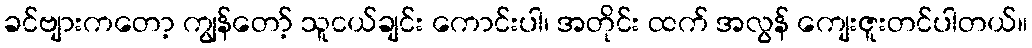
ခင်ဗျားကတော့ ကျွန်တော့် သူငယ်ချင်း ကောင်းပါ၊ အတိုင်း ထက် အလွန် ကျေးဇူးတင်ပါတယ်။